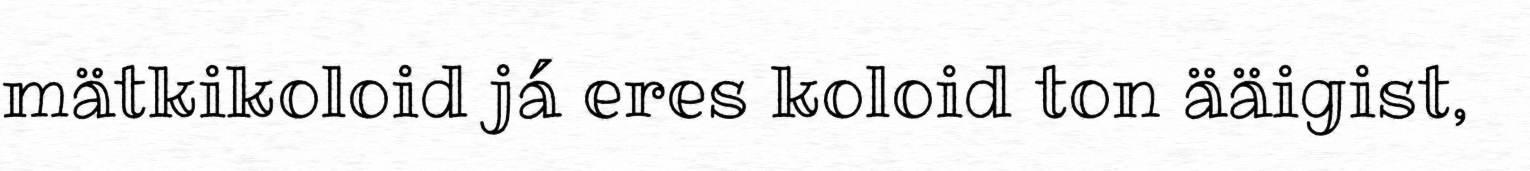
mätkikoloid já eres koloid ton ääigist,